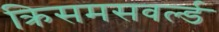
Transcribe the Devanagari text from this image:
क्रिसमसवर्ल्ड